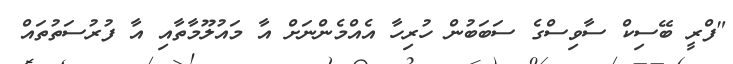
"ފްރީ ބޭސިކް ސާވިސްގެ ސަބަބުން ހުރިހާ އެއްމެންނަށް އާ މައުލޫމާތާއި އާ ފުރުސަތުތައް